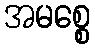
အမစ္စေ